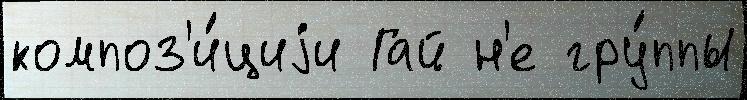
композ'и́циjи Гай н'е гру́ппы